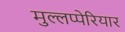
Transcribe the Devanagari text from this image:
मुल्लप्पेरियार